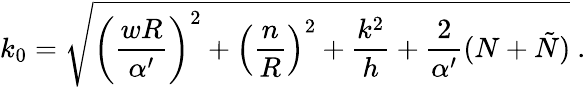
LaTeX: k_{0}=\sqrt{\left(\frac{wR}{\alpha^{\prime}}\right)^{2}+\left(\frac{n}{R}\right)^{2}+\frac{k^{2}}{h}+\frac{2}{\alpha^{\prime}}(N+\tilde{N})}~.